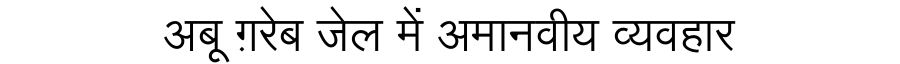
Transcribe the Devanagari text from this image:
अबू ग़रेब जेल में अमानवीय व्यवहार